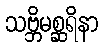
သဗ္ဘိမစ္ဆရိနာ